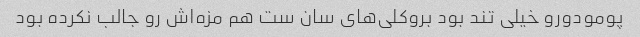
پومودورو خیلی تند بود بروکلی‌های سان ست هم مزه‌اش رو جالب نکرده بود